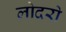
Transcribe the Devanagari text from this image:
लोदरो